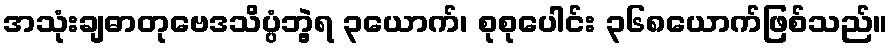
အသုံးချဓာတုဗေဒသိပ္ပံဘွဲ့ရ ၃ယောက်၊ စုစုပေါင်း ၃၆၈ယောက်ဖြစ်သည်။